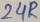
Text: 24R